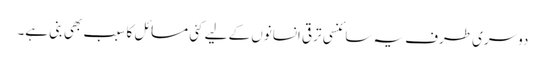
دوسری طرف یہ سائنسی ترقی انسانوں کے لیے کئی مسائل کا سبب بھی بنی ہے۔